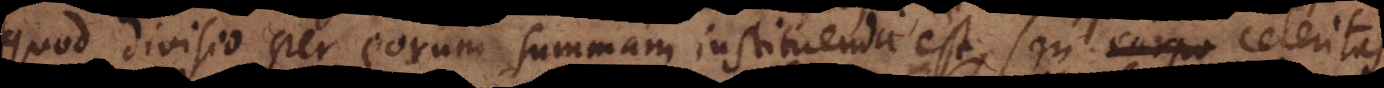
quod divisio per eorum summam instituenda est, seu corpo celeritas